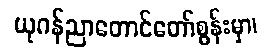
ယုဂန်ညာတောင်တော်စွန်းမှာ၊